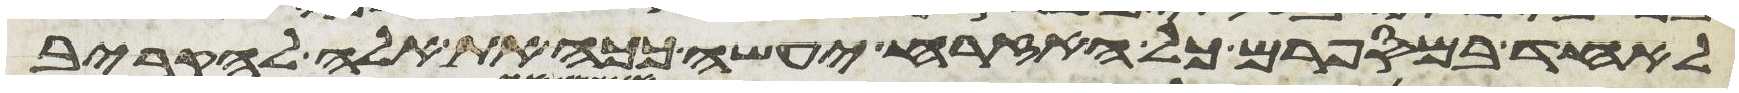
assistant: לאחד במספרם כל האזרח יעשה ככה את אלה להקריב